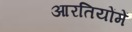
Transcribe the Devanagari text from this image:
आरतियोंमें